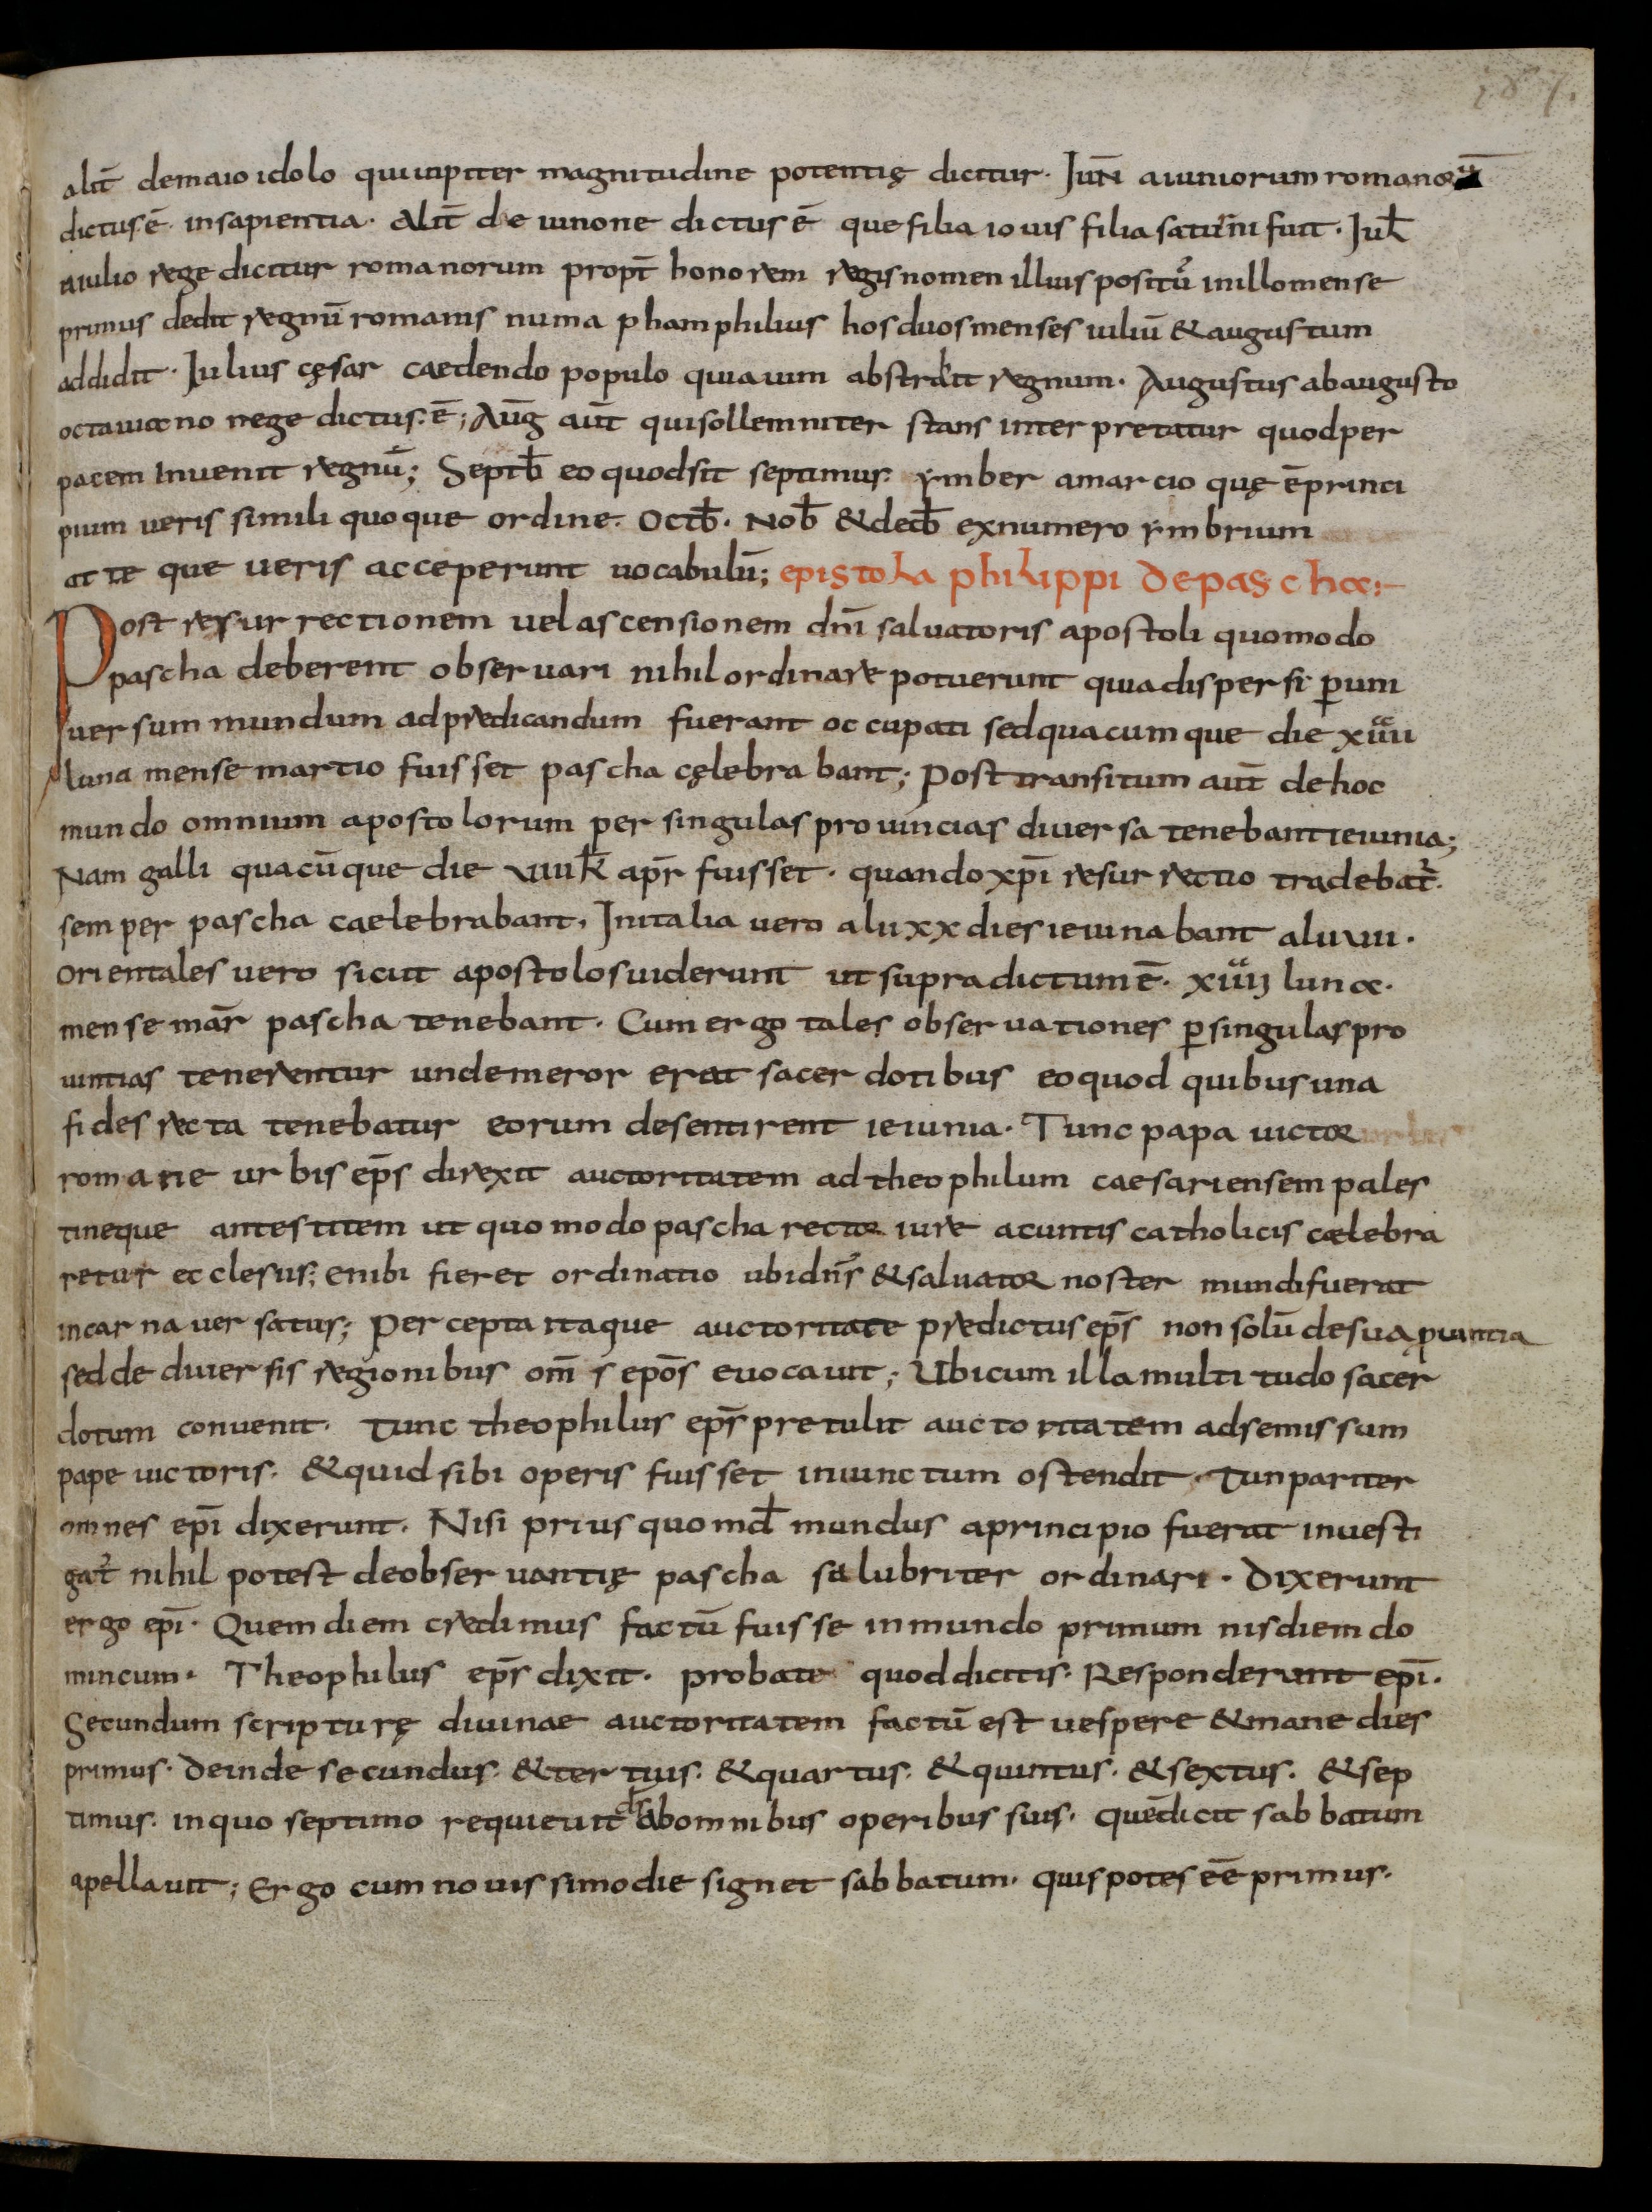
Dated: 800–899